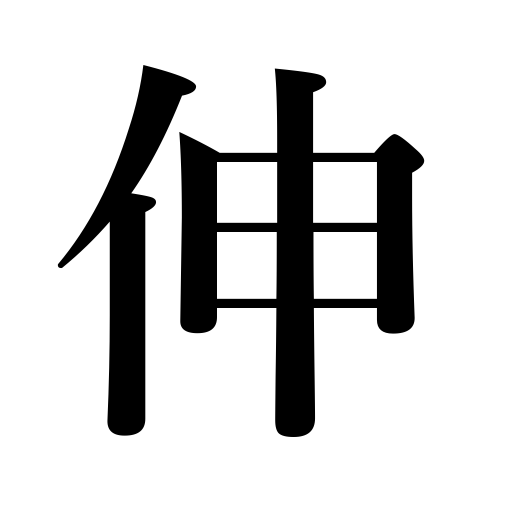
Meanings: extend,make a bed,progress,postpone,let nails grow,straighten,be exhausted,increase,be straightened,uncoil,develop talents,stretching,be smoothed,stretch,reach out,grow,widen,be postponed,be flattened,spread,develop,lengthen,smooth out,spread out,amass riches,dilute